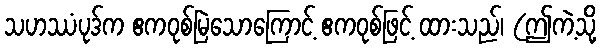
သဟဿံပုဒ်က ဧကဝုစ်မြဲသောကြောင့် ဧကဝုစ်ဖြင့် ထားသည်၊ (ဤကဲ့သို့